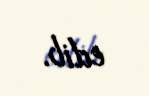
edib.